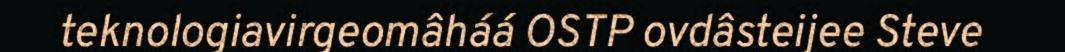
teknologiavirgeomâháá OSTP ovdâsteijee Steve